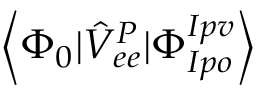
\left< \Phi _ { 0 } | \hat { V } _ { e e } ^ { P } | \Phi _ { I p o } ^ { I p v } \right>